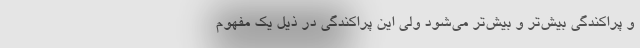
و پراکندگی بیش‌تر و بیش‌تر می‌شود ولی این پراکندگی در ذیل یک مفهوم